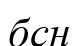
бсн